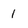
Character: 1